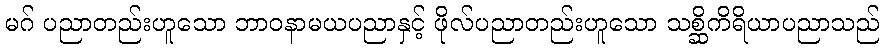
မဂ် ပညာတည်းဟူသော ဘာဝနာမယပညာနှင့် ဖိုလ်ပညာတည်းဟူသော သစ္ဆိကိရိယာပညာသည်